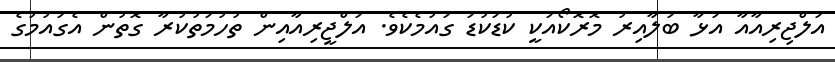
އަލްޖިރިއާއާ އަޅާ ބަލާއިރު މޮރޮކޯއަކީ ކުޑަކުޑަ ގައުމެކެވެ. އަލްޖީރިއާއިން ތުހުމަތުކުރާ ގޮތުން އެގައުމުގެ